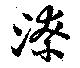
潦